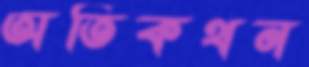
অতিকথন